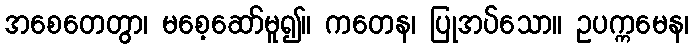
အစေတေတွာ၊ မစေ့ဆော်မူ၍။ ကတေန၊ ပြုအပ်သော။ ဥပက္ကမေန၊